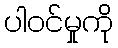
ပါဝင်မှုကို